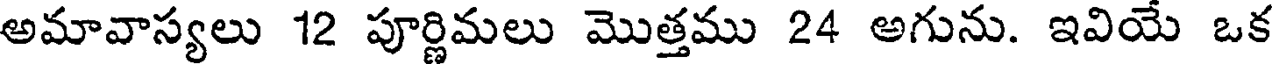
అమావాస్యలు 12 పూర్ణిమలు మొత్తము 24 అగును. ఇవియ ఒక